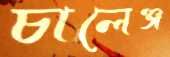
চালেঞ্জ